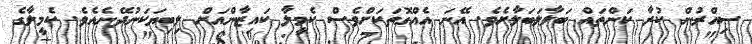
ސިއްރުން ކުރާ ކަންތައް ބަލާލަބަލާށެވެ. އޭނަ އެއްގޮތަކަށްވެސް ކެމީލާ ކައިޒާންއަށް ލިބިޔަކަނުދޭނެއެވެ. ކެމީލާގެ